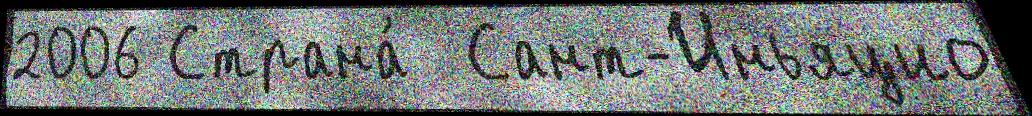
2006 Страна́  Сант-Иньяцио